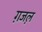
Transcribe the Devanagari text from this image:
ग़जल़